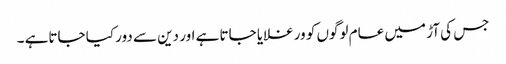
جس کی آڑ میں عام لوگوں کو ورغلایا جاتا ہے اور دین سے دور کیا جاتاہے ۔